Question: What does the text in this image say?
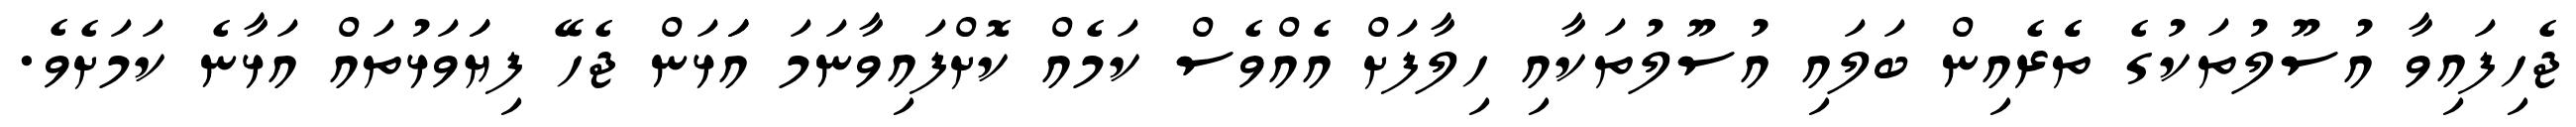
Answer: ޖެހިފައިވާ އުސޫލުތަކުގެ ތެެރެއިން ބަލައި އުސޫލުތަކާއި ހިލާފަށް އެއްވެސް ކަމެއް ކޮށްފައިވާނަމަ އަަަޅަން ޖެހޭ ފިޔަަވަޅުތައް އަޅާނެ ކަމަށެވެ.